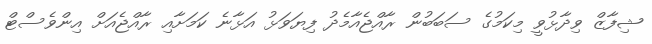
ޝިފާޒް ވިދާޅުވީ މިކަމުގެ ސަބަބުން ރާއްޖެއާމެދު ފިޔަވަޅު އަޅާނެ ކަމަށާއި ރާއްޖެއަށް އިންވެސްޓް